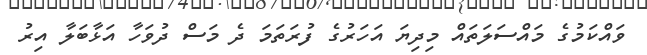
ވައްކަމުގެ މައްސަލަތައް މިދިޔަ އަހަރުގެ ފުރަތަމަ ދެ މަސް ދުވަހާ އަޅާބަލާ އިރު